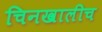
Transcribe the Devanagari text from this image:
चिनखालीच